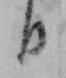
日